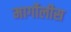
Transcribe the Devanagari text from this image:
मार्गोलीस